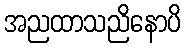
အညထာသညိနောပိ